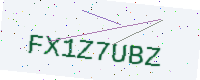
Text: FX1Z7UBZ